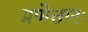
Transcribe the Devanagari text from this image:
प्रणेतारः